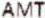
AMT